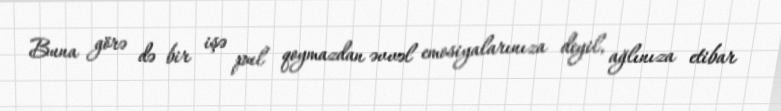
Buna görə də bir işə pul qoymazdan əvvəl emosiyalarınıza deyil, ağlınıza etibar